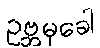
ဥဗ္ဘမုခေါ